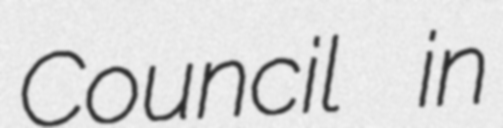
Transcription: Council in